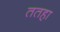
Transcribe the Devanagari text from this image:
ततहा